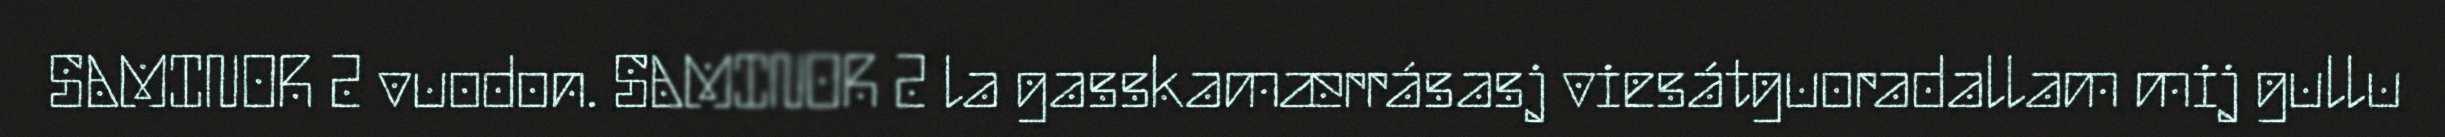
SAMINOR 2 vuodon. SAMINOR 2 la gasskamærrásasj viesátguoradallam mij gullu